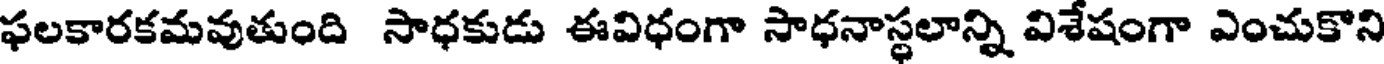
ఫలకారకమవుతుంది సాధకుడు ఈవిధంగా సాధనాస్థలాన్ని విశేషంగా ఎంచుకొని